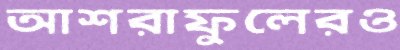
আশরাফুলেরও